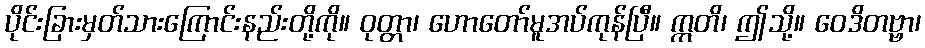
ပိုင်းခြားမှတ်သားကြောင်းနည်းတို့ကို။ ဝုတ္တာ၊ ဟောတော်မူအပ်ကုန်ပြီ။ ဣတိ၊ ဤသို့။ ဝေဒိတဗ္ဗာ၊